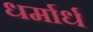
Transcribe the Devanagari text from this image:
धर्मार्ध